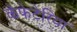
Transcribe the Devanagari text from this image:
कॅफेटेरिया